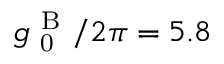
g _ { \mathrm { ~ 0 ~ } } ^ { \mathrm { ~ B ~ } } / 2 \pi = 5 . 8